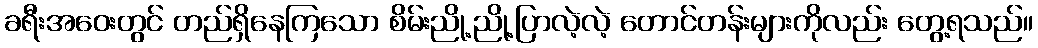
ခရီးအဝေးတွင် တည်ရှိနေကြသော စိမ်းညို့ညို့ပြာလဲ့လဲ့ တောင်တန်းများကိုလည်း တွေ့ရသည်။